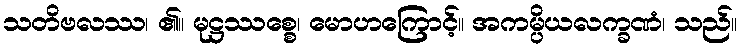
သတိဗလဿ၊ ၏။ မုဋ္ဌဿစ္စေ၊ မောဟကြောင့်။ အကမ္ပိယလက္ခဏံ၊ သည်။